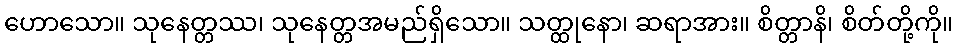
ဟောသော။ သုနေတ္တဿ၊ သုနေတ္တအမည်ရှိသော။ သတ္ထုနော၊ ဆရာအား။ စိတ္တာနိ၊ စိတ်တို့ကို။